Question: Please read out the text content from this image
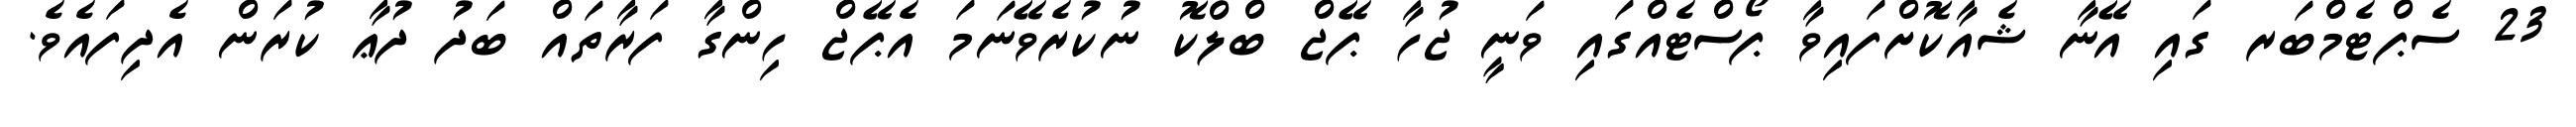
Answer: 23 ސެޕްޓެމްބަރ ގައި އޭނާ ޝެއާކޮށްފައިވާ ޕޯސްޓެއްގައި ވަނީ ޖުހާ ޕޭޖް ބްލްކޮ ނުކުރެވޭނަމަ އެޕޭޖް ހިންގާ ފަރާތައް ބަދު ދުޢާ ކުރަން އެދިފައެވެ.